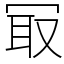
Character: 冣